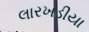
લારખડીયા